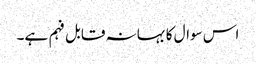
اس سوال کا بہانہ قابل فہم ہے۔